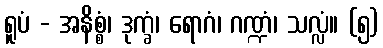
ရူပံ - အနိစ္စံ၊ ဒုက္ခံ၊ ရောဂံ၊ ဂဏ္ဍံ၊ သလ္လံ။ (၅)